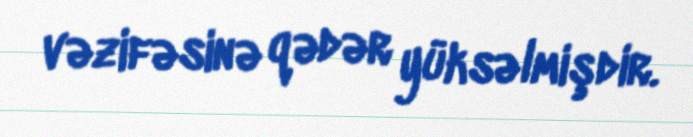
vəzifəsinə qədər yüksəlmişdir.